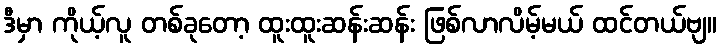
ဒီမှာ ကိုယ့်လူ တစ်ခုတော့ ထူးထူးဆန်းဆန်း ဖြစ်လာလိမ့်မယ် ထင်တယ်ဗျ။